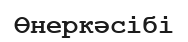
Өнеркәсібі